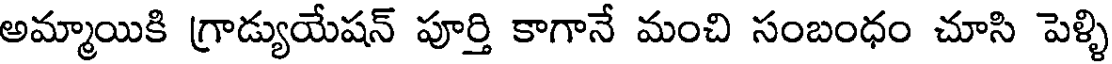
అమ్మాయికి గ్రాడ్యుయేషన్ పూర్తి కాగానే మంచి సంబంధం చూసి పెళ్ళి